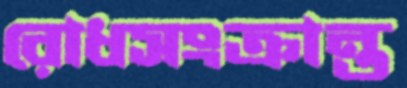
রোধসংক্রান্ত